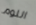
اللوم